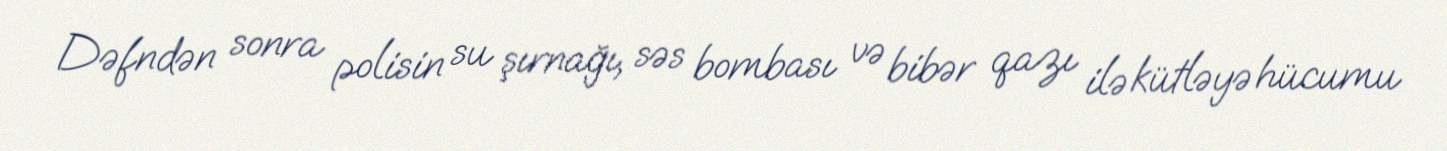
Dəfndən sonra polisin su şırnağı, səs bombası və bibər qazı ilə kütləyə hücumu